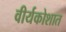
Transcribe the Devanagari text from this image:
वीर्यकोशात